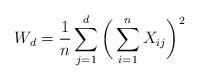
LaTeX: \begin{align*}W_d = \frac{1}{n} \sum_{j=1}^d \bigg( \sum_{i=1}^n X_{ij} \bigg)^2\end{align*}